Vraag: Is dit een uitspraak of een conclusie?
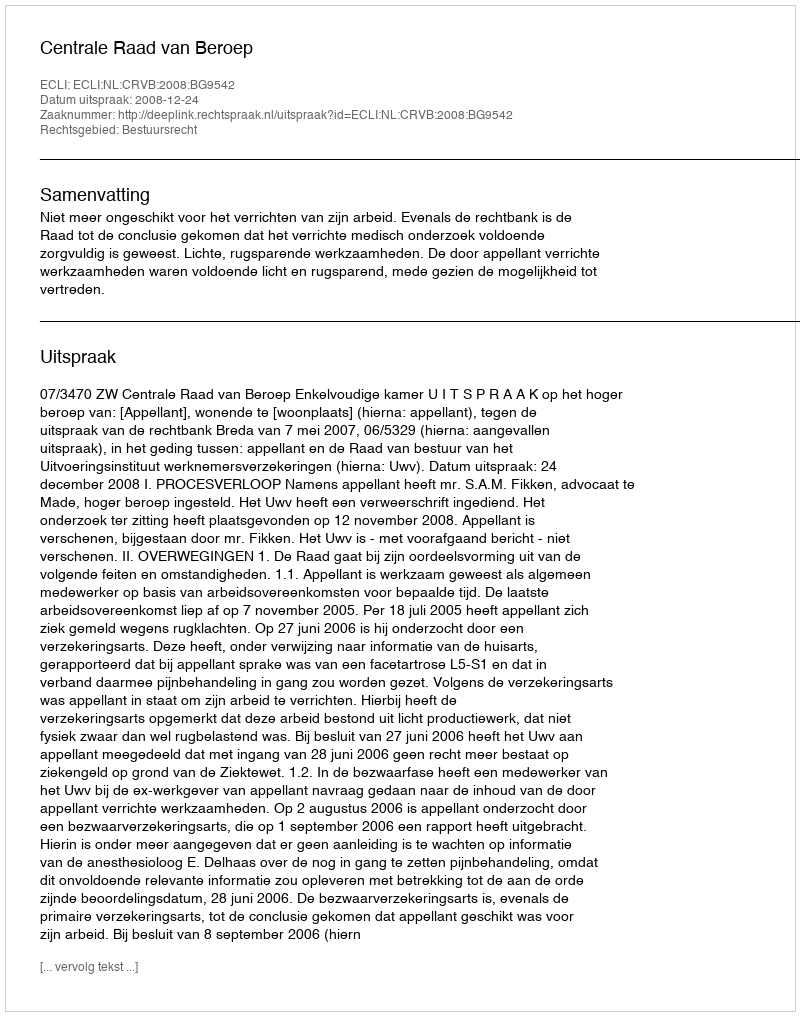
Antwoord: Uitspraak